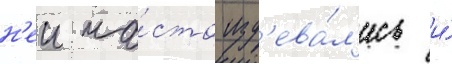
н'еи ча́сто изд'ева́л'ись и́